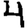
Digit: 4